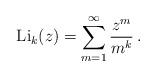
LaTeX: \begin{align*} {\rm Li}_k(z)=\sum_{m=1}^\infty\frac{z^m}{m^k}\,. \end{align*}